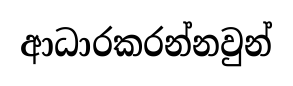
ආධාරකරන්නවුන්